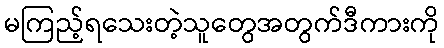
မကြည့်ရသေးတဲ့သူတွေအတွက်ဒီကားကို